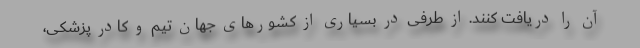
آن را دریافت کنند. از طرفی در بسیاری از کشورهای جهان تیم و کادر پزشکی،